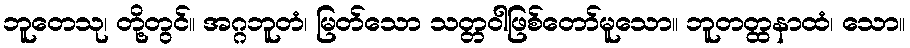
ဘူတေသု၊ တို့တွင်။ အဂ္ဂဘူတံ၊ မြတ်သော သတ္တဝါဖြစ်တော်မူသော။ ဘူတတ္ထနာထံ၊ သော။